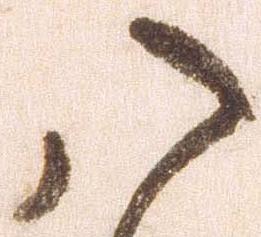
八